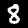
Digit: 8